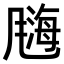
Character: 𫗀